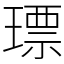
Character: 𤨧